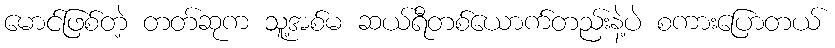
မောင်ဖြစ်တဲ့ တတ်ဆုက သူ့အစ်မ ဆယ်ရီတစ်ယောက်တည်းနဲ့ပဲ စကားပြောတယ်